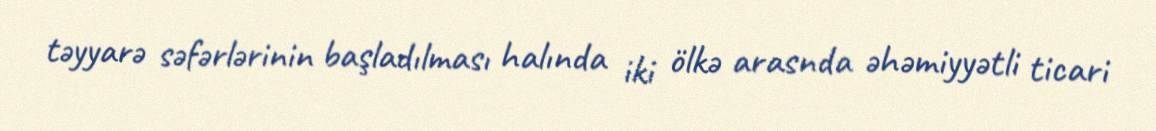
təyyarə səfərlərinin başladılması halında iki ölkə arasnda əhəmiyyətli ticari